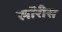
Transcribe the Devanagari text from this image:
लॉरीस